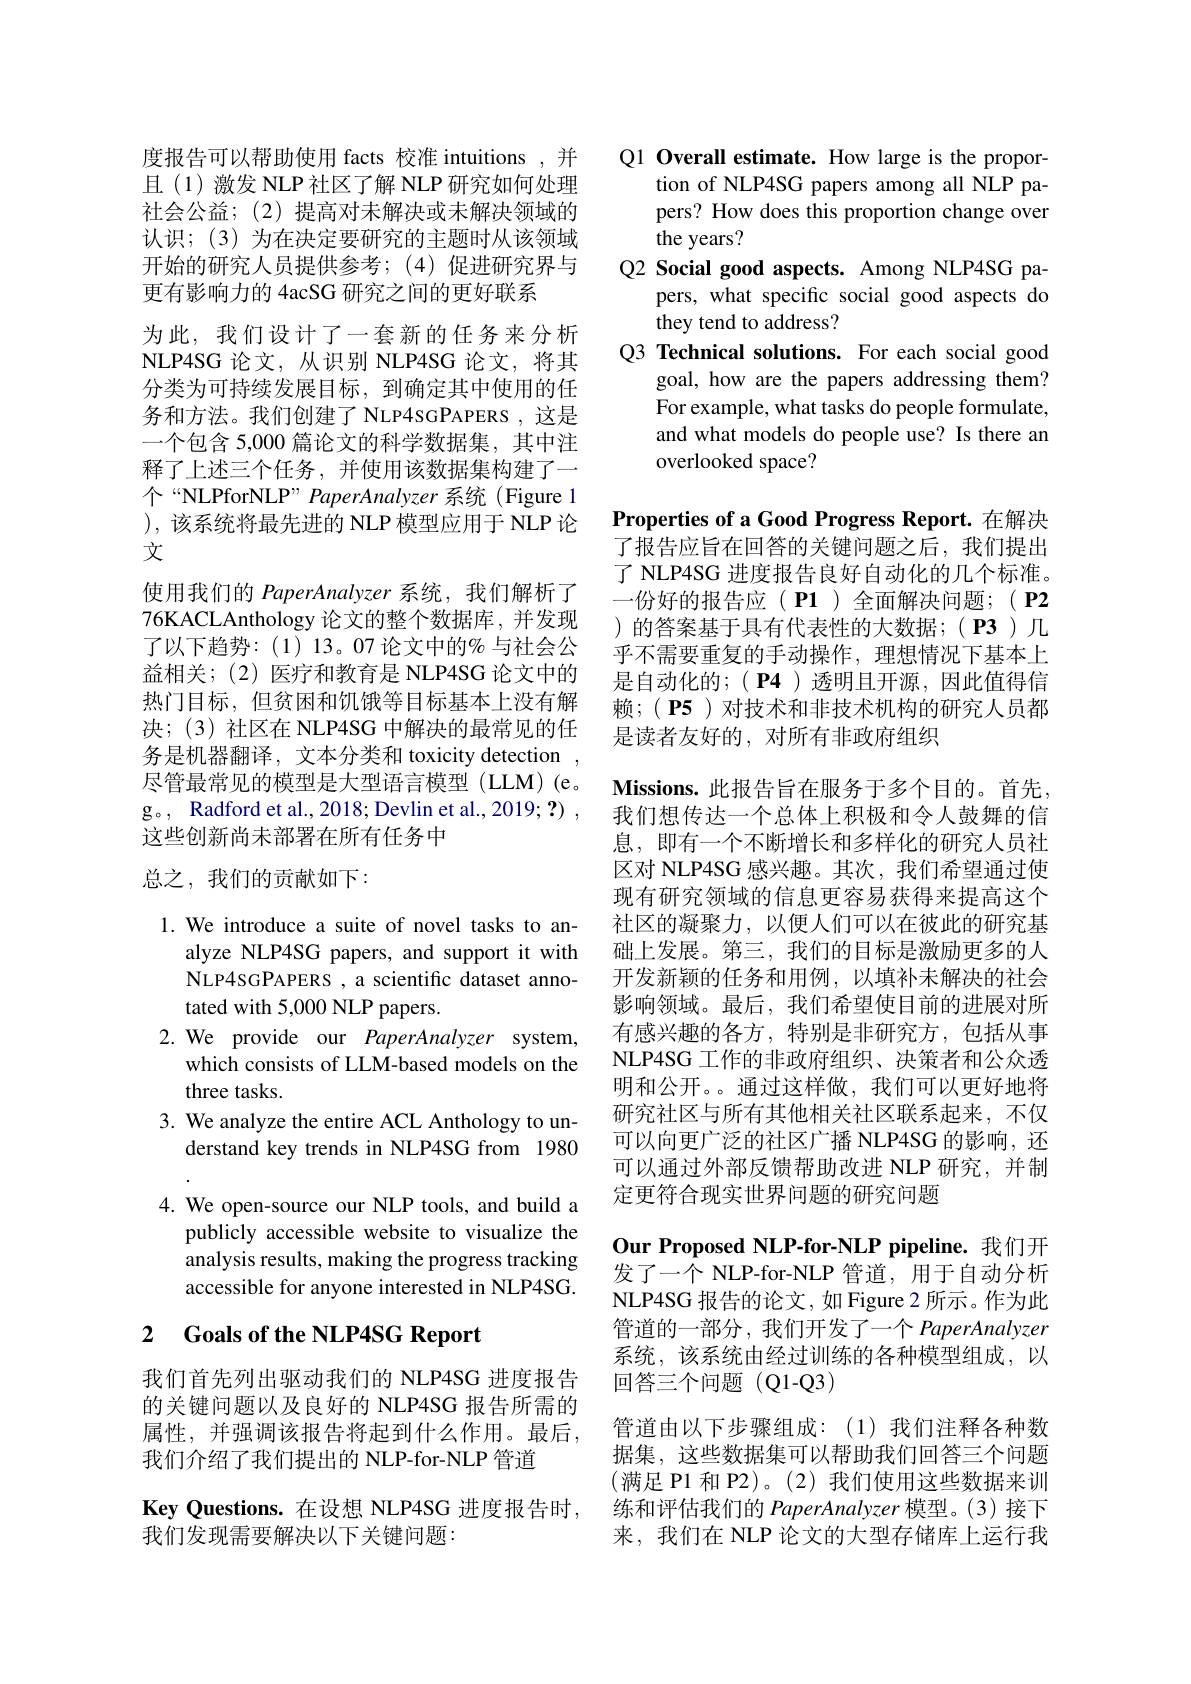
度报告可以帮助使用 facts 校准 intuitions ,并且(1)激发 NLP 社区了解 NLP 研究如何处理社会公益；(2)提高对未解决或未解决领域的认识；(3)为在决定要研究的主题时从该领域开始的研究人员提供参考；(4)促进研究界与更有影响力的 4acSG 研究之间的更好联系
为此，我们设计了一套新的任务来分析NLP4SG 论文，从识别 NLP4SG 论文，将其分类为可持续发展目标，到确定其中使用的任务和方法。我们创建了 NLP4SGPAPERS ,这是一个包含 5,000 篇论文的科学数据集，其中注释了上述三个任务，并使用该数据集构建了一个“NLPforNLP” PaperAnalyzer 系统(Figure 1 ),该系统将最先进的 NLP 模型应用于 NLP 论文
使用我们的 PaperAnalyzer 系统，我们解析了76KACLAnthology 论文的整个数据库，并发现了以下趋势：(1)13。07论文中的%与社会公益相关；(2)医疗和教育是 NLP4SG 论文中的热门目标，但贫困和饥饿等目标基本上没有解决；(3)社区在 NLP4SG 中解决的最常见的任务是机器翻译，文本分类和 toxicity detection , 尽管最常见的模型是大型语言模型(LLM)(e。g。, Radford et al., 2018; Devlin et al., 2019; ?) , 这些创新尚未部署在所有任务中
总之，我们的贡献如下：

1. We introduce a suite of novel tasks to an-
alyze NLP4SG papers, and support it with NLP4SGPAPERS , a scientific dataset annotated with 5,000 NLP papers.
2. We provide our PaperAnalyzer system
which consists of LLM-based models on the
three tasks.
3. We analyze the entire ACL Anthology to un-
derstand key trends in NLP4SG from 19804. We open-source our NLP tools, and build a
publicly accessible website to visualize the analysis results, making the progress tracking accessible for anyone interested in NLP4SG.

### 2 $\textbf{Goals of the NLP4SG Report}$

我们首先列出驱动我们的 NLP4SG 进度报告的关键问题以及良好的 NLP4SG 报告所需的属性，并强调该报告将起到什么作用。最后， 我们介绍了我们提出的 NLP-for-NLP 管道

$\textbf{Key Questions. 在 设 想 NLP4SG 进 度 报 告 时 }$,
我们发现需要解决以下关键问题：

Q1 Overall estimate. How large is the propor-
tion of NLP4SG papers among all NLP papers? How does this proportion change over the years?
Q2 Social good aspects. Among NLP4SG pa-
pers, what specific social good aspects do
they tend to address?
Q3 Technical solutions. For each social good
goal, how are the papers addressing them? For example, what tasks do people formulate, and what models do people use? Is there an overlooked space?

Properties of a Good Progress Report.在解决了报告应旨在回答的关键问题之后，我们提出了 NLP4SG 进度报告良好自动化的几个标准。一份好的报告应(P1)全面解决问题；(P2 )的答案基于具有代表性的大数据；( P3)几乎不需要重复的手动操作，理想情况下基本上是自动化的；( P4 )透明且开源，因此值得信赖；( P5)对技术和非技术机构的研究人员都是读者友好的，对所有非政府组织
$\textbf{Missions. 此 报 告 旨 在 服 务 于 多 个 目 的 。首 先 , }$ 我们想传达一个总体上积极和令人鼓舞的信息，即有一个不断增长和多样化的研究人员社区对 NLP4SG 感兴趣。其次，我们希望通过使现有研究领域的信息更容易获得来提高这个社区的凝聚力，以便人们可以在彼此的研究基础上发展。第三，我们的目标是激励更多的人开发新颖的任务和用例，以填补未解决的社会影响领域。最后，我们希望使目前的进展对所有感兴趣的各方，特别是非研究方，包括从事NLP4SG 工作的非政府组织、决策者和公众透明和公开。。通过这样做，我们可以更好地将研究社区与所有其他相关社区联系起来，不仅可以向更广泛的社区广播 NLP4SG 的影响，还可以通过外部反馈帮助改进 NLP 研究，并制定更符合现实世界问题的研究问题
Our Proposed NLP-for-NLP pipeline. 我们开发了一个 NLP-for-NLP 管道，用于自动分析NLP4SG 报告的论文，如 Figure 2 所示。作为此管道的一部分，我们开发了一个 PaperAnalyzer 系统，该系统由经过训练的各种模型组成，以回答三个问题(Q1-Q3)
管道由以下步骤组成：(1)我们注释各种数据集，这些数据集可以帮助我们回答三个问题(满足 P1 和 P2)。(2)我们使用这些数据来训练和评估我们的 PaperAnalyzer 模型。(3)接下来，我们在 NLP 论文的大型存储库上运行我